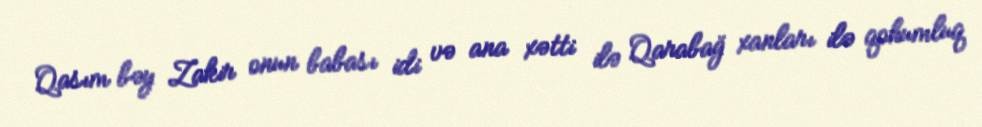
Qasım bəy Zakir onun babası idi və ana xətti ilə Qarabağ xanları ilə qohumluq